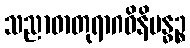
သညာဓာတုရာဂဝိနိဗန္ဓဉ္စ